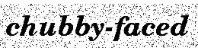
chubby-faced